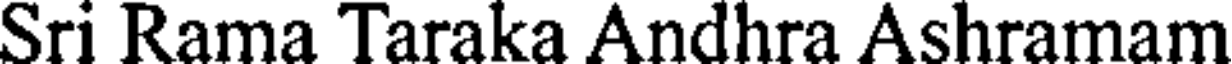
Sri Rama Taraka Andhra Ashramam